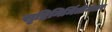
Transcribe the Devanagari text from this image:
सृष्टिनिर्मितीनंतर